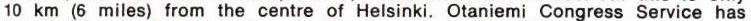
10 km (6 miles) from the centre of Helsinki. Otaniemi Congress Service has